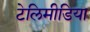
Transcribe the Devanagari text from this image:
टेलिमीडिया